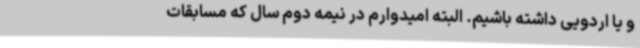
و یا اردویی داشته باشیم. البته امیدوارم در نیمه دوم سال که مسابقات